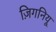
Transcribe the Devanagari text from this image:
ज़िगनियू